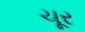
ચૂર